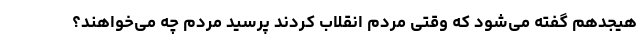
هیجدهم گفته می‌شود که وقتی مردم انقلاب کردند پرسید مردم چه می‌خواهند؟